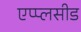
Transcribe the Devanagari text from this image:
एप्प्लसीड